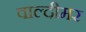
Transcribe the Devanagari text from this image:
वाल्दीमर